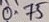
Text: 0.75